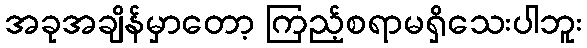
အခုအချိန်မှာတော့ ကြည့်စရာမရှိသေးပါဘူး